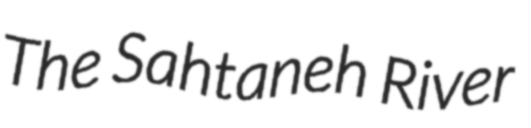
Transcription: The Sahtaneh River